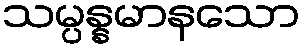
သမ္ပန္နမာနသော